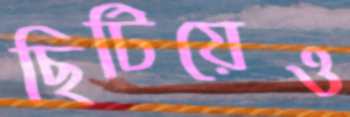
ছিটিয়েও